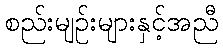
စည်းမျဉ်းများနှင့်အညီ